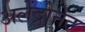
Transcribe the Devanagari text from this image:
अलेंद्रोनेट